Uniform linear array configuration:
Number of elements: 48
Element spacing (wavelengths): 1
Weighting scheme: hamming
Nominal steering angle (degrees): -15
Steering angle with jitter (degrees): -16.74
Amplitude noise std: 0.05
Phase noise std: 0.05

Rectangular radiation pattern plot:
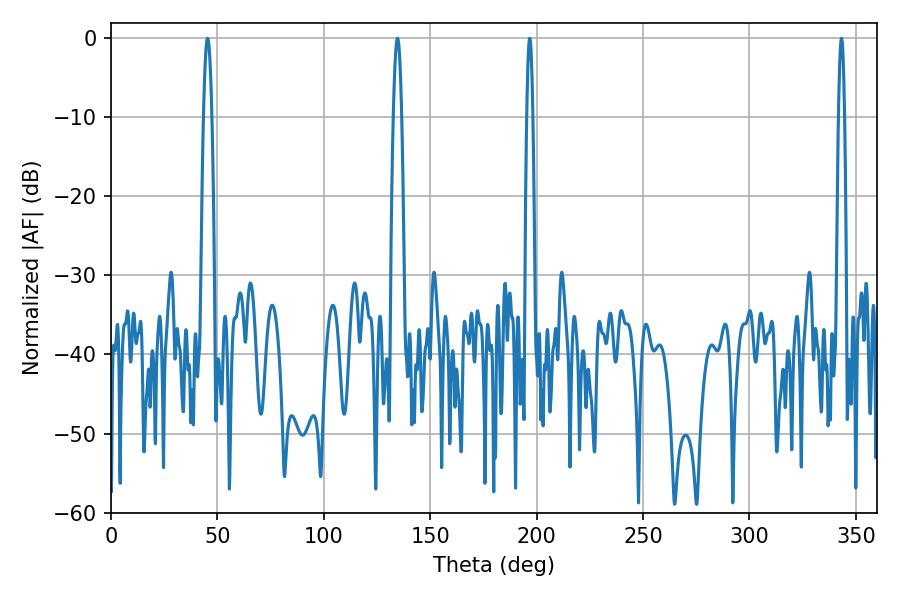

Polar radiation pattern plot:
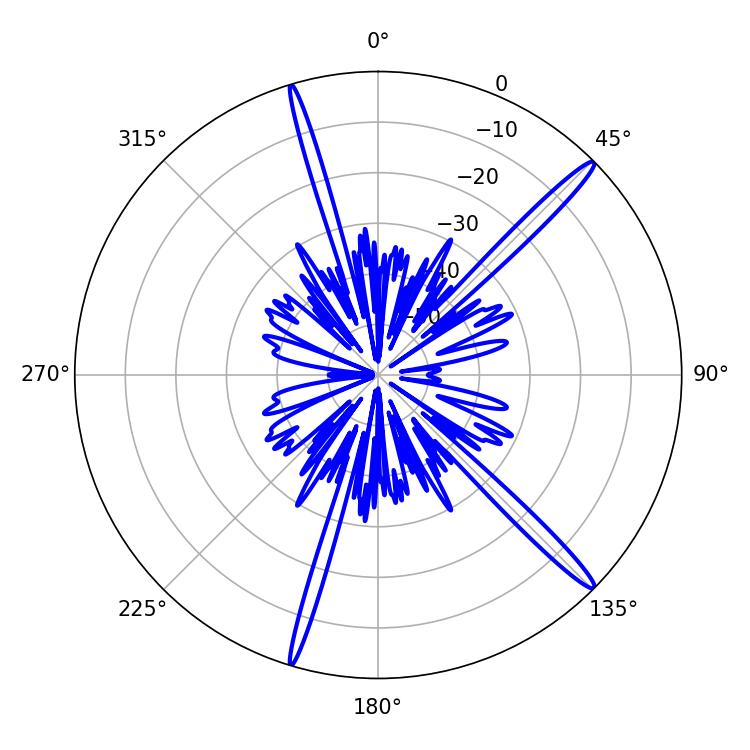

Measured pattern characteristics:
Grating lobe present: TRUE
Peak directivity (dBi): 16.838
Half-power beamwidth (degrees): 1.44
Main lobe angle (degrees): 196.74